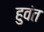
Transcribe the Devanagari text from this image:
हुवंत